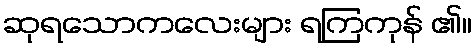
ဆုရသောကလေးများ ရကြကုန် ၏။